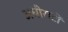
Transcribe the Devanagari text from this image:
अधीराटों